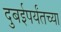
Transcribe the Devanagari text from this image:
दुबईपर्यंतच्या